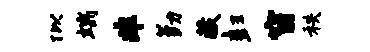
似端非勤藏彭窗秩